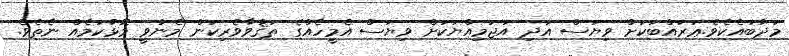
މަދުބައެކެވެ.ޢަރައްބަކަށް ވިޔަސް އަދި އަޖަމިއްޔަކަށް ވިޔަސް އެމީހެއްގެ ތަޤުވާވެރިކަން މެނުވީ މޮޅުކަމެއް ނެތެވެ.